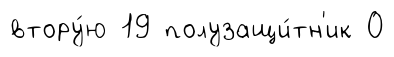
втору́ю 19 полузащи́тн'ик 0